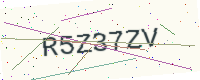
Text: R5Z37ZV